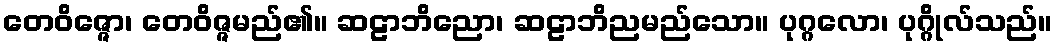
တေဝိဇ္ဇော၊ တေဝိဇ္ဇမည်၏။ ဆဠာဘိညော၊ ဆဠာဘိညမည်သော။ ပုဂ္ဂလော၊ ပုဂ္ဂိုလ်သည်။